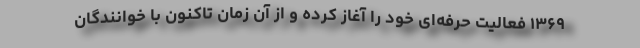
۱۳۶۹ فعالیت حرفه‌ای خود را آغاز کرده و از آن زمان تاکنون با خوانندگان